Indian journal of veterinary science and animal husbandry - Volume 8,
Year: 1938
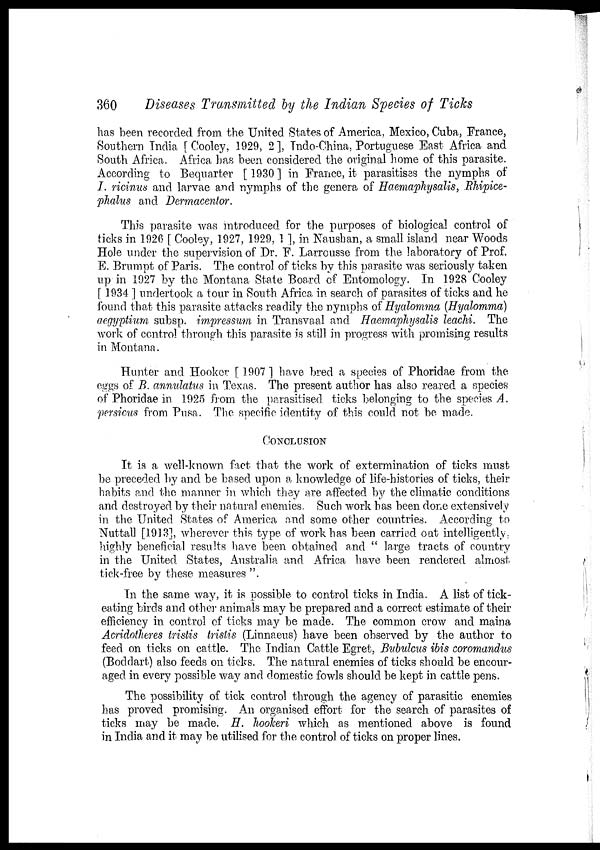
360
Diseases Transmitted by the Indian Species of Ticks
has been recorded from the United States of America, Mexico, Cuba, France,
Southern India [ Cooley, 1929, 2], Indo-China, Portuguese East Africa and
South Africa. Africa has been considered the original home of this parasite.
According to Bequarter [ 1930 ] in France, it parasitises the nymphs of
I. ricinus and larvae and nymphs of the genera of Haemaphysails, Rhipice-
phalus and Dermacentor.
This parasite was introduced for the purposes of biological control of
ticks in 1926 [ Cooley, 1927, 1929, 1 ], in Naushan, a small island near Woods
Hole under the supervision of Dr. F. Larrousse from the laboratory of Prof.
E. Brumpt of Paris. The control of ticks by this parasite was seriously taken
up in 1927 by the Montana State Board of Entomology. In 1928 Cooley
[ 1934 ] undertook a tour in South Africa in search of parasites of ticks and he
found that this parasite attacks readily the nymphs of Hyalomma (Hyalomma)
aegyptium subsp. impressum in Transvaal and Haemaphysalis leachi. The
work of control through this parasite is still in progress with promising results
in Montana.
Hunter and Hooker [ 1907 ] have bred a species of Phoridae from the
eggs of B. annulatus in Texas. The present author has also reared a species
of Phoridae in 1925 from the parasitised ticks belonging to the species A.
persicus from Pusa. The specific identity of this could not be made.
CONCLUSION
It is a well-known fact that the work of extermination of ticks must
be preceded by and be based upon a knowledge of life-histories of ticks, their
habits and the manner in which they are affected by the climatic conditions
and destroyed by their natural enemies. Such work has been done extensively
in the United States of America and some other countries. According to
Nuttall [1913], wherever this type of work has been carried out intelligently,
highly beneficial results have been obtained and " large tracts of country
in the United States, Australia and. Africa have been rendered almost
tick-free by these measures ".
In the same way, it is possible to control ticks in India. A list of tick-
eating birds and other animals may be prepared and a correct estimate of their
efficiency in control of ticks may be made. The common crow and maina
Acridotheres tristis tristis (Linnaeus) have been observed by the author to
feed on ticks on cattle. The Indian Cattle Egret, Bubulcus ibis coromandus
(Boddart) also feeds on ticks. The natural enemies of ticks should be encour-
aged in every possible way and domestic fowls should be kept in cattle pens.
The possibility of tick control through the agency of parasitic enemies
has proved promising. An organised effort for the search of parasites of
ticks may be made. H. hookeri which as mentioned above is found
in India and it may be utilised for the control of ticks on proper lines.